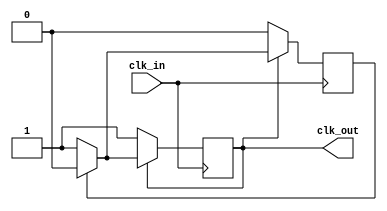
// This program was cloned from: https://github.com/NYU-MLDA/OpenABC
// License: BSD 3-Clause "New" or "Revised" License

// See LICENSE.SiFive for license details.

/** This black-boxes a Clock Divider by 3.
  * The output clock is phase-aligned to the input clock.
  * Do NOT use this in synthesis; the duty cycle is 2:1.
  *
  * Because Chisel does not support
  * blocking assignments, it is impossible
  * to create a deterministic divided clock.
  *
  *  @param clk_out Divided Clock
  *  @param clk_in  Clock Input
  *
  */

module ClockDivider3 (output reg clk_out, input clk_in);

   reg delay;

   initial begin
     clk_out = 1'b0;
     delay = 1'b0;
   end

   always @(posedge clk_in) begin
      if (clk_out == 1'b0) begin
        clk_out = 1'b1;
        delay <= 1'b0;
      end else if (delay == 1'b1) begin
        clk_out = 1'b0;
        delay <= 1'b0;
      end else begin
        delay <= 1'b1;
      end
   end

endmodule // ClockDivider3